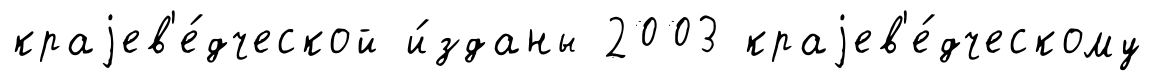
краjев'е́дческой и́зданы 2003 краjев'е́дческому